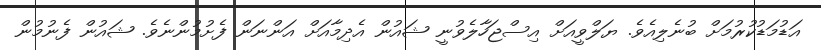
އަޑުމަޑުކުރުމަށް ބުނެލިއެވެ. ޔަލްވީއަށް އިސްޖަހާލެވުނީ ޝައުން އެދިމާއަށް އަންނަން ފެށުމުންނެވެ. ޝައުން ފެނުމުން